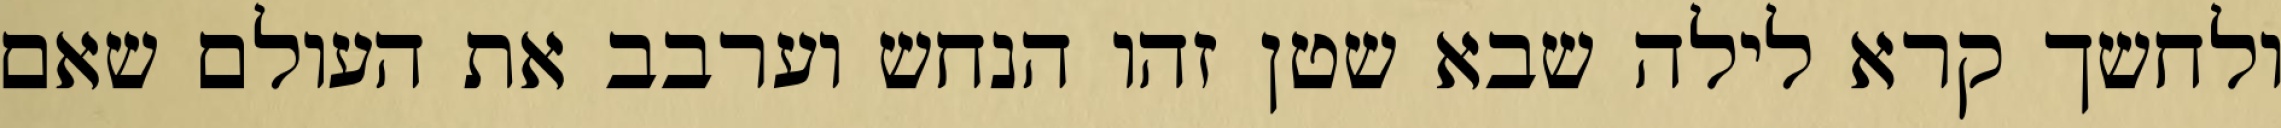
ולחשך קרא לילה שבא שטן זהו הנחש וערבב את העולם שאם